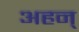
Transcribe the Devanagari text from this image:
अहन्